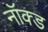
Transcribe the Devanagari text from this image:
नॉक्ड